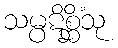
သမ္ပဋိစ္ဆိံသု